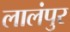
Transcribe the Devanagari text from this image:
लालंपुर